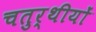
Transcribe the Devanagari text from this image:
चतुर्थीयों